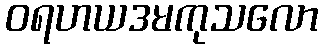
ဝရဟယဒမကုသလော